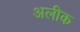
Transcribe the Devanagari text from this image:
अलीक